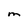
Character: M